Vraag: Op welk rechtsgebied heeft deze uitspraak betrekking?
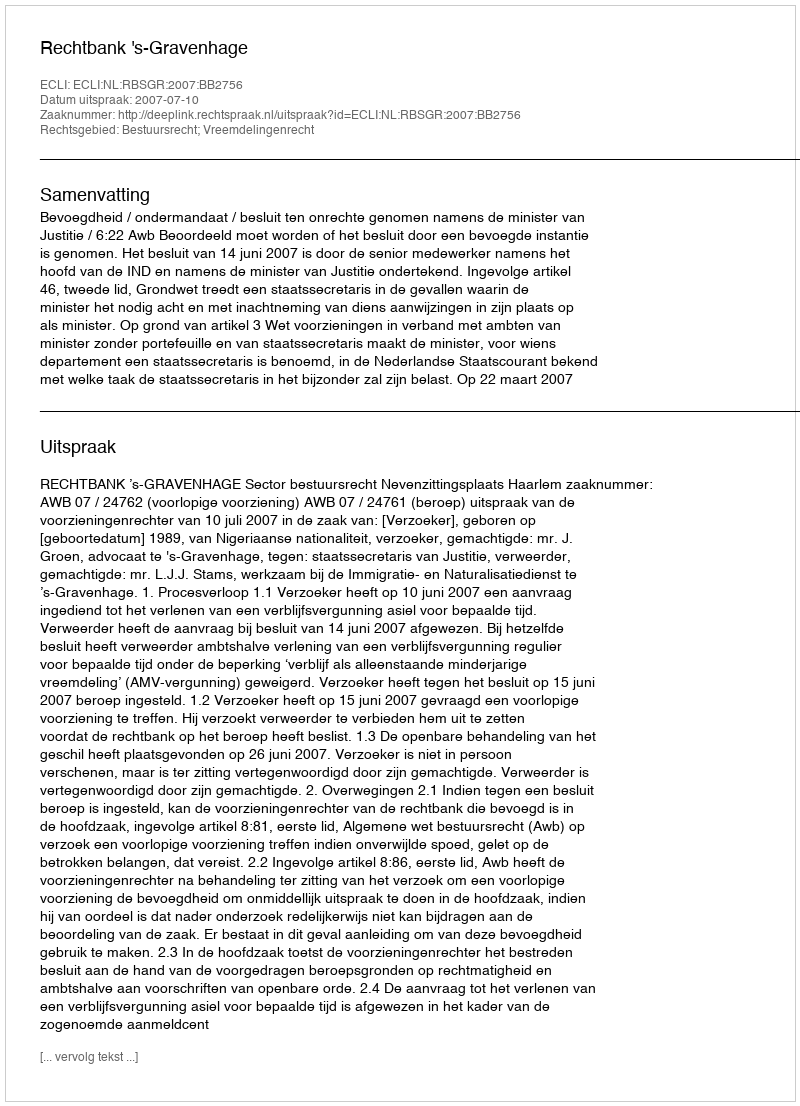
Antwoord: Bestuursrecht; Vreemdelingenrecht